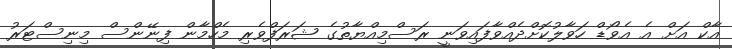
އާކް އަށް އެ އެވޯޑް ހަވާލުކޮށްދެއްވާފައިވަނީ ރަސްމިއްޔާތުގެ ޝަރަފްވެރި މެހްމާން ފިނޭންސް މިނިސްޓަރު